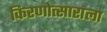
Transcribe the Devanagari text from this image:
किरणोत्साराला